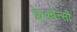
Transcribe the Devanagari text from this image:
फ्रेक्वेन्सी